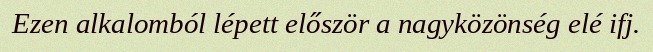
Ezen alkalomból lépett először a nagyközönség elé ifj.